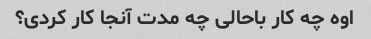
اوه چه کار باحالی چه مدت آنجا کار کردی؟